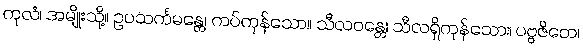
ကုလံ၊ အမျိုးသို့။ ဥပသင်္ကမန္တေ၊ ကပ်ကုန်သော။ သီလဝန္တေ၊ သီလရှိကုန်သော။ ပဗ္ဗဇိတေ၊